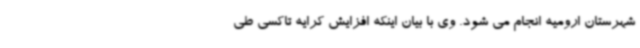
شهرستان ارومیه انجام می شود. وی با بیان اینکه افزایش کرایه تاکسی طی